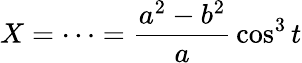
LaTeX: X=\cdots={\frac{a^{2}-b^{2}}{a}}\cos^{3}t